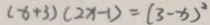
( x + 3 ) ( 2 x - 1 ) = ( 3 - x ) ^ { 2 }